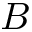
B